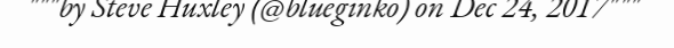
"""by Steve Huxley (@blueginko) on Dec 24, 2017"""